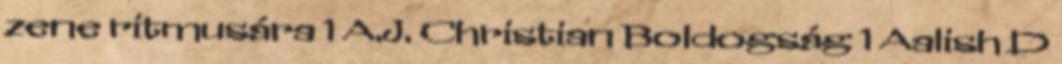
zene ritmusára 1 A.J. Christian Boldogság 1 Aalish D